Lunatic asylums Punjab 1911-1921 - 1911-1921
Year: 1911
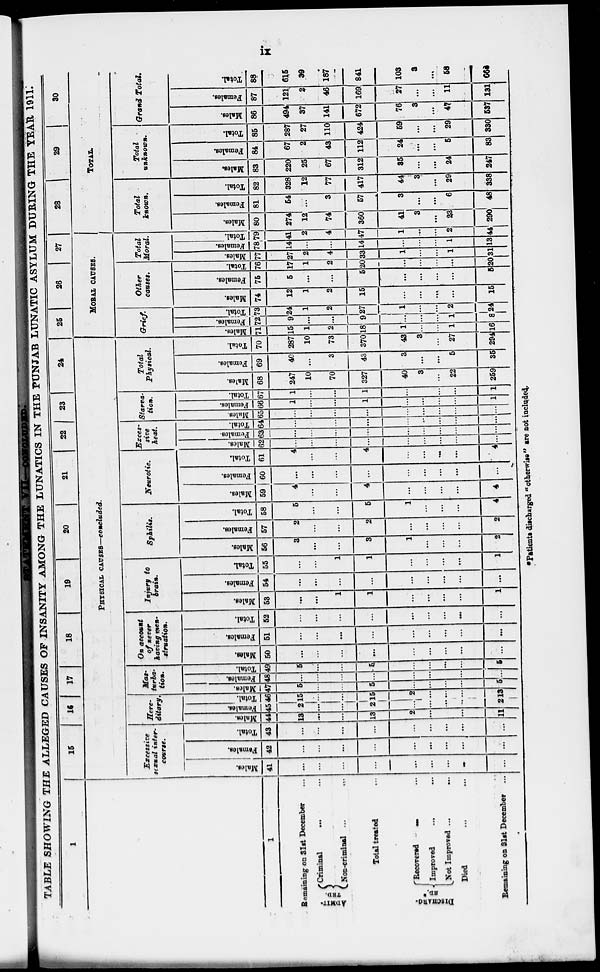
ix
STATEMENT VII—CONCLUDED.
TABLE SHOWING THE ALLEGED CAUSES OF INSANITY AMONG THE LUNATICS IN THE PUNJAB LUNATIC ASYLUM DURING THE YEAR 1911.
1
1
Remaining on 31st December ...
ADMITTED.
Criminal ... ...
Non-criminal ... ...
Total treated ...
DISCHARGED.
Recovered ... ...
Improved ... ...
Not Improved ...
...
Died ... ...
Remaining on 31st December ...
15
16
17
18
19
20
21
22
23
24
PHYSICAL CAUSES—concluded.
Excessive
sexual inter-
course.
Males.
41
...
...
...
...
...
...
...
...
...
Females.
42
...
...
...
...
...
...
...
...
...
Total.
43
...
...
...
...
...
...
...
...
...
Here-
ditary.
Males.
44
13
...
...
13
2
...
...
...
11
Females.
45
2
...
...
2
...
...
...
...
2
Total.
46
15
...
...
15
2
...
...
...
13
Mas-
turba-
tion.
Males.
47
5
...
...
5
...
...
...
...
5
Females.
48
...
...
...
...
...
...
...
...
...
Total.
49
5
...
...
5
...
...
...
...
5
On account
of never
having men-
struation.
Males.
50
...
...
...
...
...
...
...
...
...
Females.
51
...
...
...
...
...
...
...
...
...
Total.
52
...
...
...
...
...
...
...
...
...
Injury to
brain.
Males.
53
...
...
1
1
...
...
...
...
1
Females.
54
...
...
...
...
...
...
...
...
...
Total.
55
...
...
1
1
...
...
...
...
1
Sphilis.
Males.
56
3
...
...
3
1
...
...
...
2
Females.
57
2
...
...
2
...
...
...
...
2
Total.
58
5
...
...
5
1
...
...
...
4
Neurotic.
Males.
59
4
...
...
4
...
...
...
...
4
Females.
60
...
...
...
...
...
...
...
...
...
Total.
61
4
...
...
4
...
...
...
...
4
Exces-
sive
heat.
Males.
62
...
...
...
...
...
...
...
...
...
Females.
63
...
...
...
...
...
...
...
...
...
Total.
64
...
...
...
...
...
...
...
...
...
Starva-
tion.
Males.
65
...
...
...
...
...
...
...
...
...
Females.
66
1
...
...
1
...
...
...
...
1
Total.
67
1
...
...
1
...
...
...
1
Total
Physical.
Males.
68
247
10
70
327
40
3
...
22
259
Females.
69
40
...
3
43
3
...
...
5
35
Total.
70
287
10
73
370
43
3
...
27
294
25
26
27
MORAL CAUSES.
Grief.
Males.
71
15
1
2
18
1
...
...
1
16
Females.
72
9
...
...
9
...
...
...
1
8
Total.
73
24
1
2
27
1
...
...
2
24
Other
causes.
Males.
74
12
1
2
15
...
...
...
...
15
Females.
75
5
...
...
5
...
...
...
...
5
Total.
76
17
1
2
20
...
...
...
...
20
Total
Moral.
Males.
77
27
2
4
33
1
...
...
1
31
Females.
78
14
...
...
14
...
...
...
1
13
Total.
79
41
2
4
47
1
...
...
2
44
28
29
30
TOTAL.
Total
known.
Males.
80
274
12
74
360
41
3
...
23
290
Females.
81
54
...
3
57
3
...
...
6
48
Total.
82
328
12
77
417
44
3
...
29
338
Total
unknown.
Males.
83
220
25
67
312
35
...
...
24
247
Females.
84
67
2
43
112
24
...
...
5
83
Total.
85
287
27
110
424
59
...
...
29
330
Grand Total.
Males.
86
494
37
141
672
76
3
...
47
537
Females.
87
121
2
46
169
27
...
...
11
131
Total.
88
615
39
187
841
103
3
...
58
668
*Patients discharged "otherwise" are not included.